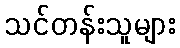
သင်တန်းသူများ